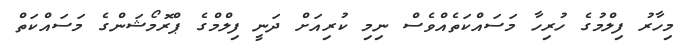
މިހާރު ފިލްމުގެ ހުރިހާ މަސައްކަތެއްވެސް ނިމި ކުރިއަށް ދަނީ ފިލްމްގެ ޕްރޮމޯޝަންގެ މަސައްކަތް